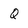
Character: Q